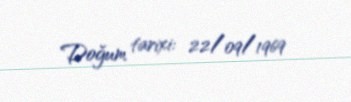
Doğum tarixi: 22/09/1969